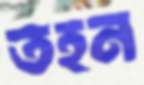
তহন